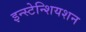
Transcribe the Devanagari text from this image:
इन्स्टेन्शियशन